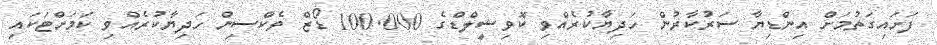
ފަށައިގަތުމަށް އިންޑިޔާ ސަރުކާރުން ހަދިޔާކުރެއްވި ކޮވިޝީލްޑްގެ 100